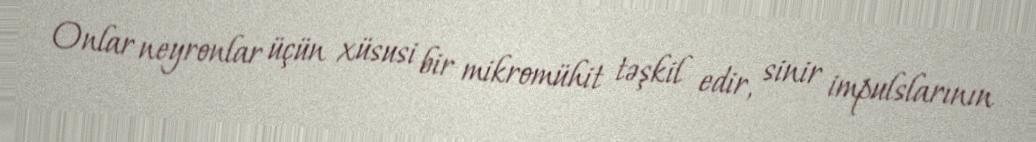
Onlar neyronlar üçün xüsusi bir mikromühit təşkil edir, sinir impulslarının